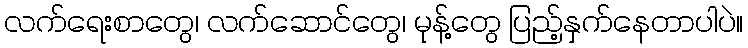
လက်ရေးစာတွေ၊ လက်ဆောင်တွေ၊ မုန့်တွေ ပြည့်နှက်နေတာပါပဲ။